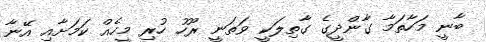
ބާނީ މަހާތަމާ ގާންދީގެ ގާތިލަކީ ވަތަނީ ރޫހު ހުރި މީހެއް ކަމަށާއި އޭނާ